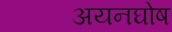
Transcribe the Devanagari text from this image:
अयनघोष